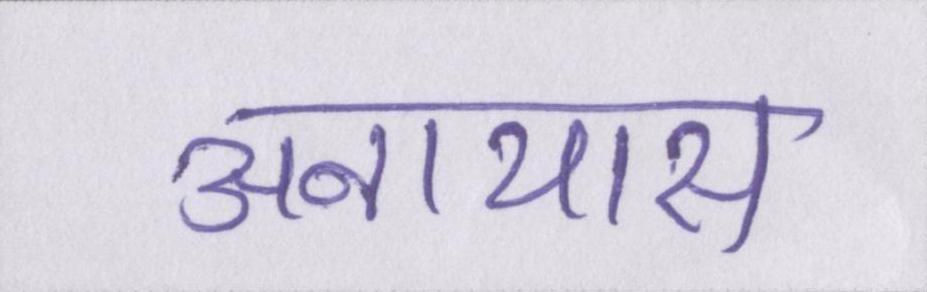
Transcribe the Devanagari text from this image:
अनायास